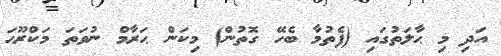
އަދި މި ޙާލަތުގައި (ފެތުމާ ބެހޭ ގޮތުން) މިކަން ޙަރާމް ނުވަތަ މަކްރޫޙަ